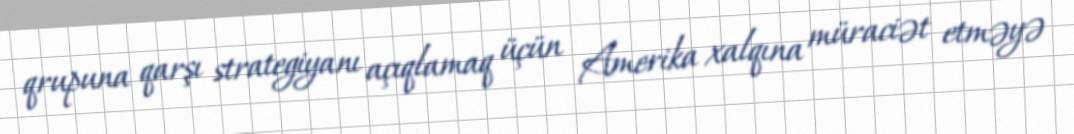
qrupuna qarşı strategiyanı açıqlamaq üçün Amerika xalqına müraciət etməyə